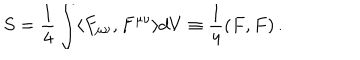
S = \frac { 1 } { 4 } \int \langle F _ { \mu \nu } , F ^ { \mu \nu } \rangle d V \equiv \frac { 1 } { 4 } ( F , F ) \, .